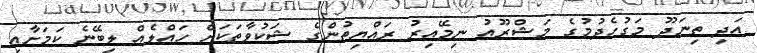
އަދި ތިނަދޫ މަގުހެދުމުގެ މަޝްރޫއު ނިމޭއިރު ރައްޔިތުންގެ ޝަކުވާތަކަށް ހައްލެއް ލިބޭނެ ކަމަށާއި